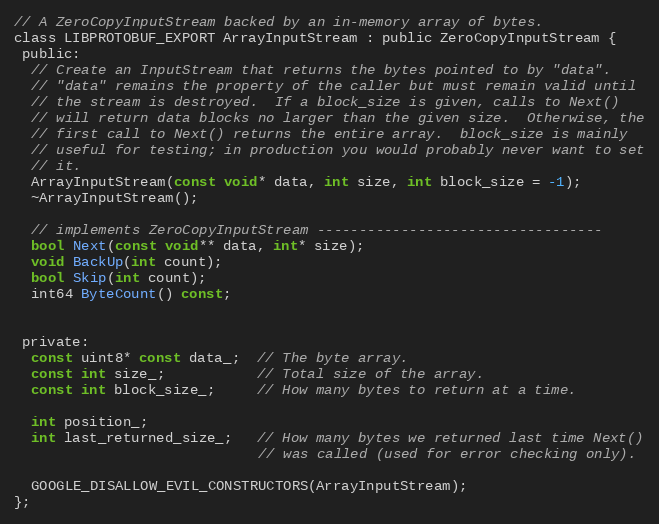
Language: C
// A ZeroCopyInputStream backed by an in-memory array of bytes.
class LIBPROTOBUF_EXPORT ArrayInputStream : public ZeroCopyInputStream {
 public:
  // Create an InputStream that returns the bytes pointed to by "data".
  // "data" remains the property of the caller but must remain valid until
  // the stream is destroyed.  If a block_size is given, calls to Next()
  // will return data blocks no larger than the given size.  Otherwise, the
  // first call to Next() returns the entire array.  block_size is mainly
  // useful for testing; in production you would probably never want to set
  // it.
  ArrayInputStream(const void* data, int size, int block_size = -1);
  ~ArrayInputStream();

  // implements ZeroCopyInputStream ----------------------------------
  bool Next(const void** data, int* size);
  void BackUp(int count);
  bool Skip(int count);
  int64 ByteCount() const;

 private:
  const uint8* const data_;  // The byte array.
  const int size_;           // Total size of the array.
  const int block_size_;     // How many bytes to return at a time.

  int position_;
  int last_returned_size_;   // How many bytes we returned last time Next()
                             // was called (used for error checking only).

  GOOGLE_DISALLOW_EVIL_CONSTRUCTORS(ArrayInputStream);
};